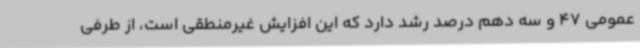
عمومی 47 و سه دهم درصد رشد دارد که این افزایش غیرمنطقی است، از طرفی